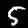
Digit: 5